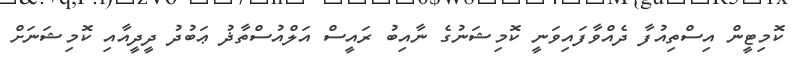
ކޮމިޓީން އިސްތިއުފާ ދެއްވާފައިވަނީ ކޮމިޝަނުގެ ނާއިބު ރައީސް އަލްއުސްތާޛު ޢަބުދު ދީދީއާއި ކޮމިޝަނަށް